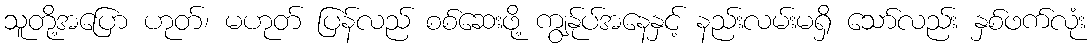
သူတို့အပြော ဟုတ်၊ မဟုတ် ပြန်လည် စစ်ဆေးဖို့ ကျွန်ုပ်အနေနှင့် နည်းလမ်းမရှိ သော်လည်း နှစ်ဖက်လုံး